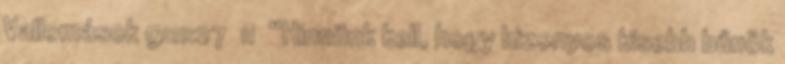
Vallomások 9:11:27 11 “Hinnünk kell, hogy bizonyos kisebb bűnök